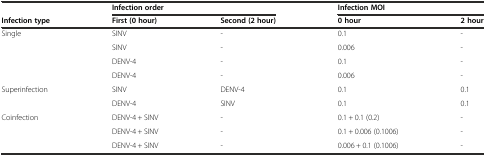
<table><thead><tr><td></td><td colspan="2"><b>Infection order</b></td><td colspan="2"><b>Infection MOI</b></td></tr><tr><td><b>Infection type</b></td><td><b>First (0 hour)</b></td><td><b>Second (2 hour)</b></td><td><b>0 hour</b></td><td><b>2 hour</b></td></tr></thead><tbody><tr><td>Single</td><td>SINV</td><td>-</td><td>0.1</td><td>-</td></tr><tr><td></td><td>SINV</td><td>-</td><td>0.006</td><td>-</td></tr><tr><td></td><td>DENV-4</td><td>-</td><td>0.1</td><td>-</td></tr><tr><td></td><td>DENV-4</td><td>-</td><td>0.006</td><td>-</td></tr><tr><td>Superinfection</td><td>SINV</td><td>DENV-4</td><td>0.1</td><td>0.1</td></tr><tr><td></td><td>DENV-4</td><td>SINV</td><td>0.1</td><td>0.1</td></tr><tr><td>Coinfection</td><td>DENV-4 + SINV</td><td>-</td><td>0.1 + 0.1 (0.2)</td><td>-</td></tr><tr><td></td><td>DENV-4 + SINV</td><td>-</td><td>0.1 + 0.006 (0.1006)</td><td>-</td></tr><tr><td></td><td>DENV-4 + SINV</td><td>-</td><td>0.006 + 0.1 (0.1006)</td><td>-</td></tr></tbody></table>